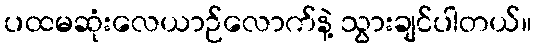
ပထမဆုံးလေယာဉ်လောက်နဲ့ သွားချင်ပါတယ်။